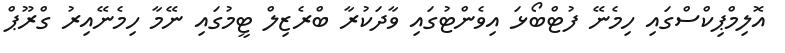
އޮލިމްޕިކްސްގައި ހިމެނޭ ފުޓްބޯޅަ އިވެންޓުގައި ވާދަކުރާ ބްރެޒިލް ޓީމުގައި ނޭމާ ހިމެނޭއިރު ގްރޫޕް